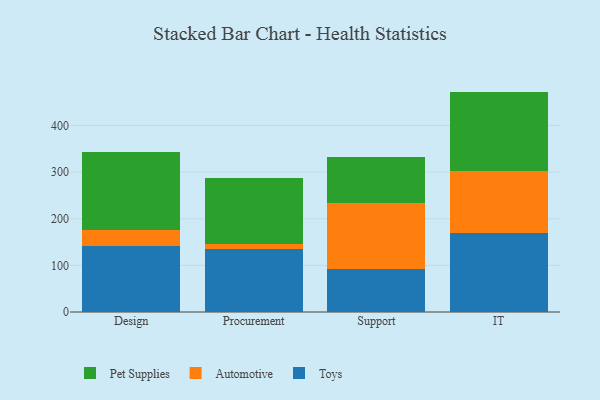
{"axis": {"x": "Department", "y": "Market Share (%)"}, "legend": ["Automotive", "Pet Supplies", "Toys"], "data": [{"x": "Design", "y": 141.0, "type": "Toys"}, {"x": "Design", "y": 34.6, "type": "Automotive"}, {"x": "Design", "y": 166.6, "type": "Pet Supplies"}, {"x": "Procurement", "y": 134.3, "type": "Toys"}, {"x": "Procurement", "y": 12.2, "type": "Automotive"}, {"x": "Procurement", "y": 139.8, "type": "Pet Supplies"}, {"x": "Support", "y": 92.4, "type": "Toys"}, {"x": "Support", "y": 142.1, "type": "Automotive"}, {"x": "Support", "y": 97.5, "type": "Pet Supplies"}, {"x": "IT", "y": 169.4, "type": "Toys"}, {"x": "IT", "y": 134.0, "type": "Automotive"}, {"x": "IT", "y": 169.2, "type": "Pet Supplies"}]}